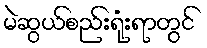
မဲဆွယ်စည်းရုံးရာတွင်